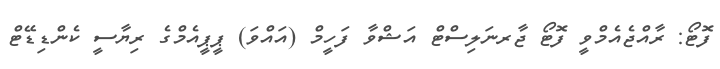
ފޮޓޯ: ރާއްޖެއެމްވީ ފޮޓޯ ޖާރނަލިސްޓް އަޝްވާ ފަހީމް (އައްވަ) ޕީޕީއެމްގެ ރިޔާސީ ކެންޑިޑޭޓް